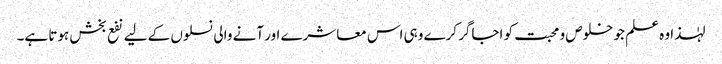
لہٰذا وہ علم جو خلوص و محبت کو اجاگر کرے وہی اس معاشرے اور آنے والی نسلوں کے لیے نفع بخش ہوتا ہے۔